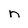
Character: n